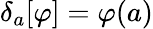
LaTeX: \delta_{a}[\varphi]=\varphi(a)